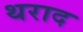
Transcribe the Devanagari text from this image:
थराद